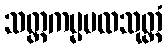
သတ္တကမ္မပထသုတ္တံ